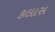
કલાસ